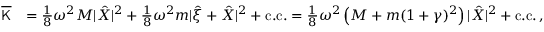
\begin{array} { r l } { \overline { { \mathsf { K } } } } & { = \frac { 1 } { 8 } \omega ^ { 2 } M | \hat { X } | ^ { 2 } + \frac { 1 } { 8 } \omega ^ { 2 } m | \hat { \xi } + \hat { X } | ^ { 2 } + \mathrm { c . c . } = \frac { 1 } { 8 } \omega ^ { 2 } \left( M + m ( 1 + \gamma ) ^ { 2 } \right) | \hat { X } | ^ { 2 } + \mathrm { c . c . } \, , } \end{array}